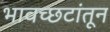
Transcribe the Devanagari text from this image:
भावच्छटांतून